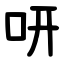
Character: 咞